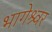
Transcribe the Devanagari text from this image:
भागेश्र्वर